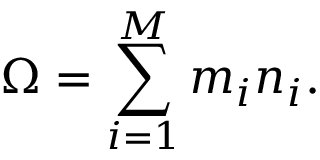
\Omega = \sum _ { i = 1 } ^ { M } m _ { i } n _ { i } .